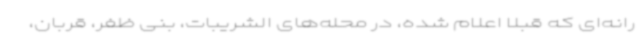
رانه‌ای که قبلاً اعلام شده، در محله‌های الشریبات، بنی ظفر، قربان،